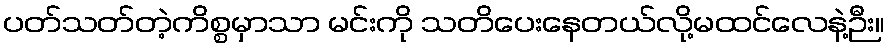
ပတ်သတ်တဲ့ကိစ္စမှာသာ မင်းကို သတိပေးနေတယ်လို့မထင်လေနဲ့ဉီး။